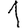
Digit: 1